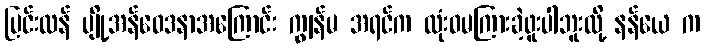
ပြင်းထန် ပျို့အန်ဝေဒနာအကြောင်း ကျွန်မ အရင်က လုံးဝမကြားခဲ့ဖူးပါဘူးလို့ နန်ယေ က